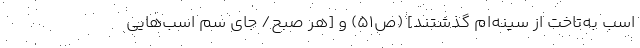
اسب به‌تاخت از سینه‌ام گذشتند] (ص51) و [هر صبح/ جای سُمّ اسب‌هایی